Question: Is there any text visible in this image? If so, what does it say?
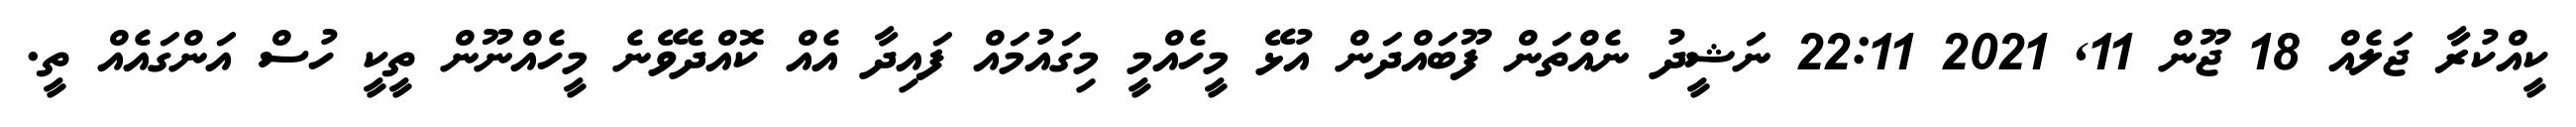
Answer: ކީއްކުރާ ޖަލެއް 18 ޖޫން 11, 2021 22:11 ނަޝީދު ނެއްތަން ފޫބައްދަން އުޅޭ މީހެއްމީ މިގައުމައް ފައިދާ އެއް ކޮއްދެވޭނެ މީހެއްނޫން ތީކީ ހުސް އަންގައެއް ތީ.